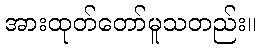
အားထုတ်တော်မူသတည်း။